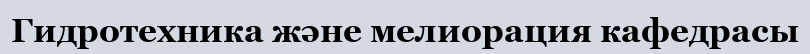
Гидротехника және мелиорация кафедрасы